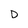
Character: D